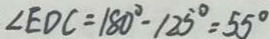
\angle E D C = 1 8 0 ^ { \circ } - 1 2 5 ^ { \circ } = 5 5 ^ { \circ }